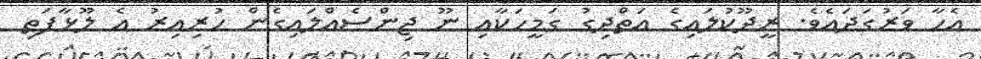
އެހާ ވަރުގަދައެވެ. ރީދޫކުލައިގެ އަތްދިގު ގަމީހަކާއި ނޫ ޖިންސެއްލައިގެން ހުރިއިރު އެ ލޫޅާފަތި